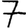
Digit: 7